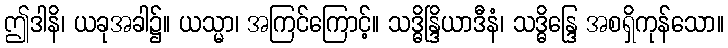
ဤဒါနိ၊ ယခုအခါ၌။ ယသ္မာ၊ အကြင်ကြောင့်။ သဒ္ဓိန္ဒြိယာဒီနံ၊ သဒ္ဓိန္ဒြေ အစရှိကုန်သော။